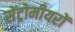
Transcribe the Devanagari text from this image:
सेंट्रोमीयरों